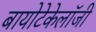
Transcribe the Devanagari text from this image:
बायोटेकेलॉजी